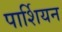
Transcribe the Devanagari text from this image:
पार्शियन